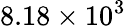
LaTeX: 8.18\times 10^{3}